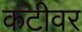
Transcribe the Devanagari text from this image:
कटीवर